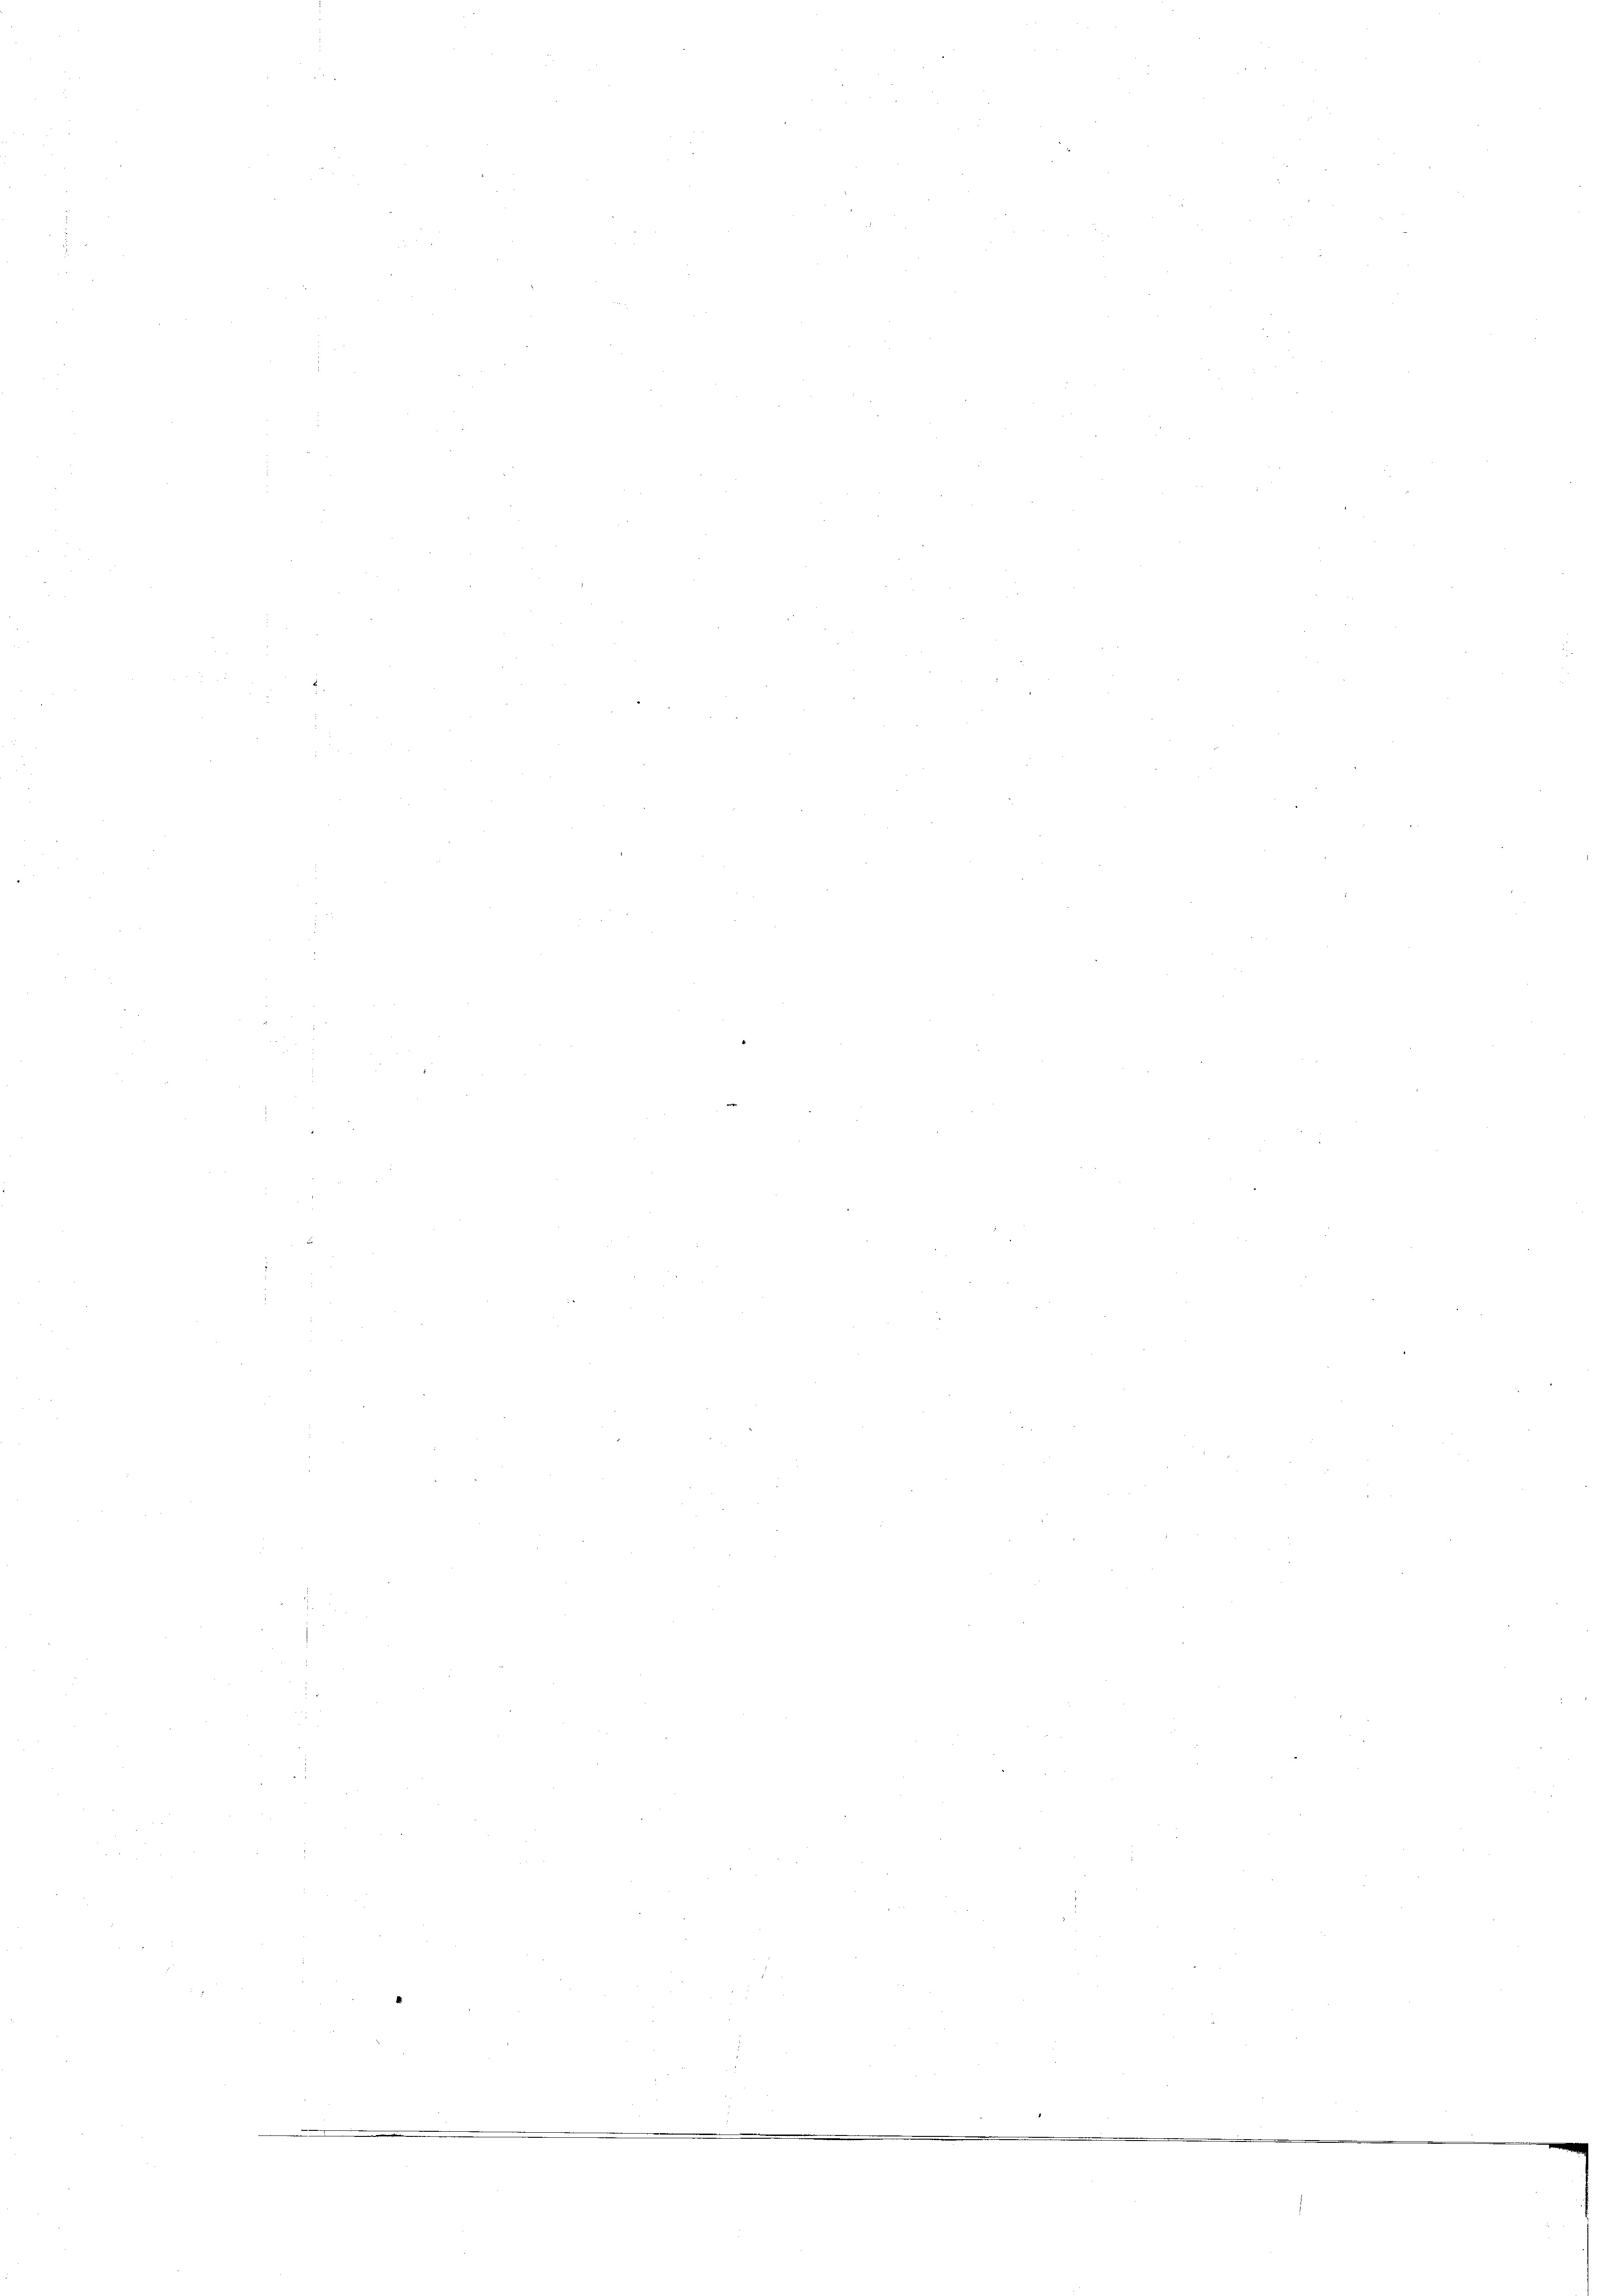
e

n
.
¬
n
e
n
e
e
e
d
e
e

2
)
e
i
e
e
.
.
n
8
.
.
.
.

E

d

d